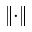
\left\Vert \cdot \right\Vert